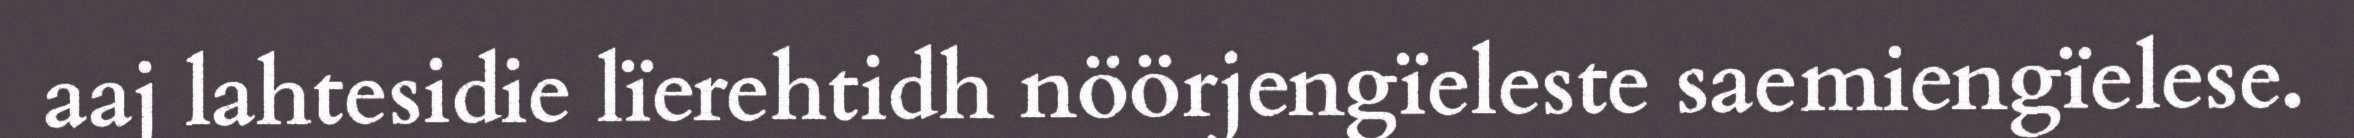
aaj lahtesidie lïerehtidh nöörjengïeleste saemiengïelese.